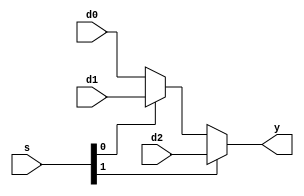
`timescale 1ns / 1ps
//////////////////////////////////////////////////////////////////////////////////
// Company: 
// Engineer: 
// 
// Design Name: 
// Module Name: mux3
// Project Name: 
// Target Devices: 
// Tool Versions: 
// Description: 
// 
// Dependencies: 
// 
// Revision:
// Revision 0.01 - File Created
// Additional Comments:
// 
//////////////////////////////////////////////////////////////////////////////////


module mux3(
input [31:0] d0, d1, d2,
input [1:0] s,
output [31:0] y
);

assign y = s[1] ? d2 : (s[0] ? d1 : d0);
endmodule